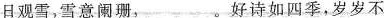
日观雪，雪意阑珊，___。好诗如四季，岁岁不